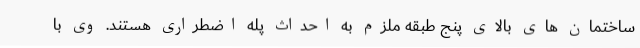
ساختمان های بالای پنج طبقه ملزم به احداث پله اضطراری هستند. وی با